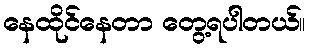
နေထိုင်နေတာ တွေ့ရပါတယ်။